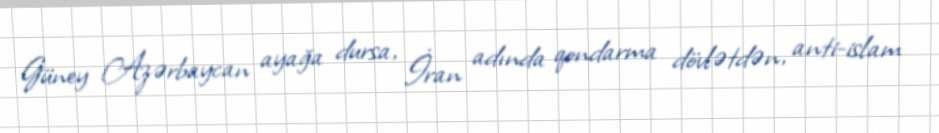
Güney Azərbaycan ayağa dursa, İran adında qondarma dövlətdən, anti-islam